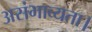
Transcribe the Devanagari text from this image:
असंभाव्यता।